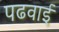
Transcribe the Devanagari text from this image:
पढवाई